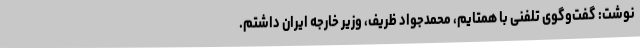
نوشت: گفت‌وگوی تلفنی با همتایم، محمدجواد ظریف، وزیر خارجه ایران داشتم.